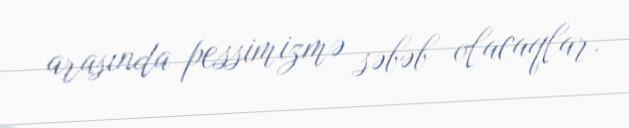
arasında pessimizmə səbəb olacaqlar.